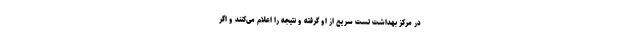
در مرکز بهداشت تست سریع از او گرفته و نتیجه را اعلام می‌کنند و اگر